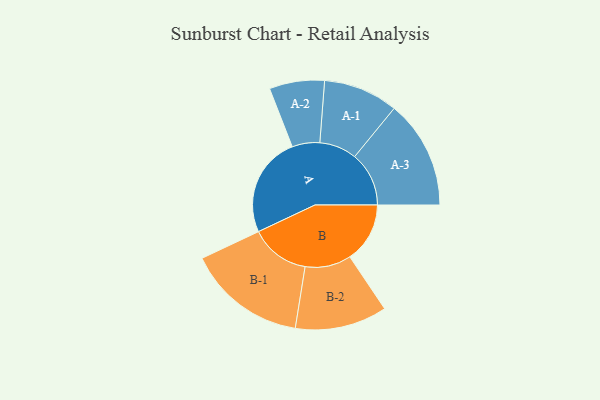
{"axis": {"x": "Segment", "y": "Value"}, "legend": ["", "A", "B"], "data": [{"x": "A", "y": 452, "type": ""}, {"x": "B", "y": 270, "type": ""}, {"x": "A-1", "y": 168, "type": "A"}, {"x": "A-2", "y": 124, "type": "A"}, {"x": "A-3", "y": 244, "type": "A"}, {"x": "B-1", "y": 268, "type": "B"}, {"x": "B-2", "y": 207, "type": "B"}]}